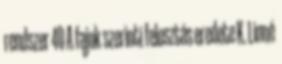
rendszer 40 A fajok szerinti felosztás eredete K. Linné